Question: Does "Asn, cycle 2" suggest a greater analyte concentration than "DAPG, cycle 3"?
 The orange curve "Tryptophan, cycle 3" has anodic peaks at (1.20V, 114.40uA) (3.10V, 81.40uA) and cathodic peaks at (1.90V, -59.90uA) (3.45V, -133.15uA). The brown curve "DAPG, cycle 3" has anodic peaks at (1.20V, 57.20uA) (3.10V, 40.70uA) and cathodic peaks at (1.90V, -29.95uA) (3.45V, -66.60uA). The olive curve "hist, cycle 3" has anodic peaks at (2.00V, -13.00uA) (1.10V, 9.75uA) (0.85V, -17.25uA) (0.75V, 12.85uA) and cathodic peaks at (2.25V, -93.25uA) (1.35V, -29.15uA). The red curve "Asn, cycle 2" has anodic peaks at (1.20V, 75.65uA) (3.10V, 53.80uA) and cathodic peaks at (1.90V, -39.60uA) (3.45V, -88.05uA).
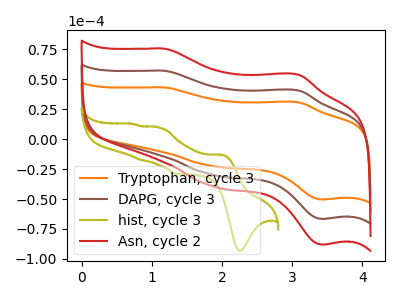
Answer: <think>All the peaks in "Asn, cycle 2" have a peak in "DAPG, cycle 3" at the same potential. Every peak in "Asn, cycle 2" is higher than every peak in "DAPG, cycle 3".
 </think>
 <answer>"Asn, cycle 2" has more signal than "DAPG, cycle 3".</answer>
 <eval>more_signal</eval>